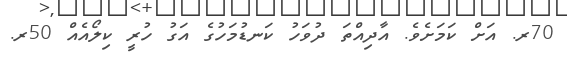
70ރ. އަށް ކަމަށެވެ. އާދިއްތަ ދުވަހު ކަނޑުމަހުގެ އަގު ހުރީ ކިލޯއެއް 50ރ.